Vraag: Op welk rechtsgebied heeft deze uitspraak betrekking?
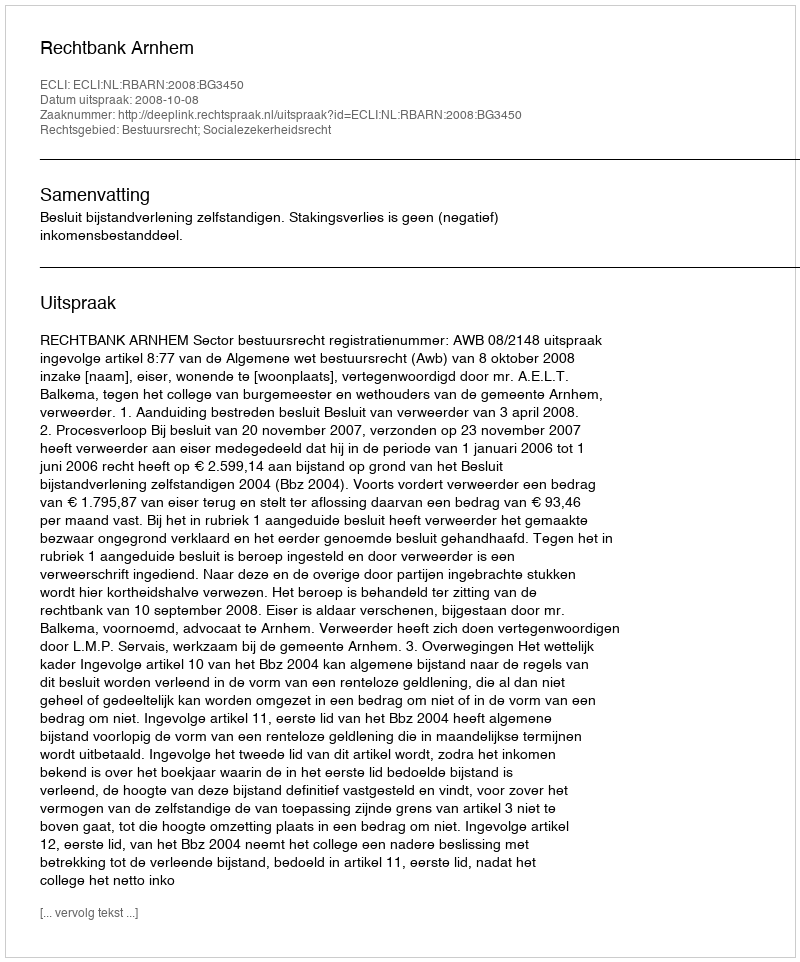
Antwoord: Bestuursrecht; Socialezekerheidsrecht